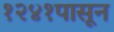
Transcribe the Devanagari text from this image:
१२४१पासून